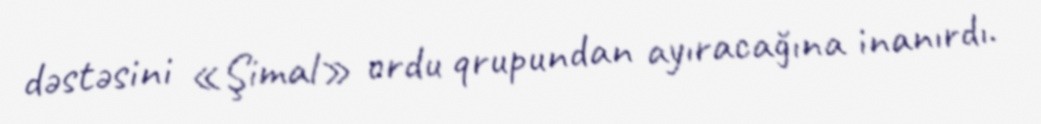
dəstəsini «Şimal» ordu qrupundan ayıracağına inanırdı.